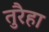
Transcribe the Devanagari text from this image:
तुरैहा